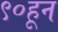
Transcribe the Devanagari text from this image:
९०हून